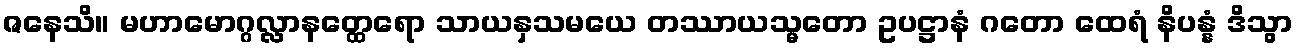
ဇနေသိ။ မဟာမောဂ္ဂလ္လာနတ္ထေရော သာယနှသမယေ တဿာယသ္မတော ဥပဋ္ဌာနံ ဂတော ထေရံ နိပန္နံ ဒိသွာ